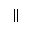
\|